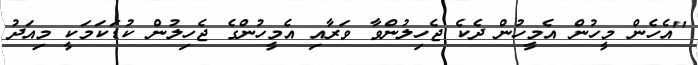
"އެހެން މީހުން އެމީހުން ދެކެ ޖެހިލުންވާ ވަރާއި އެމީހުންގެ ޖެހިލުން ކުޑަކަމަކީ މިއަދު